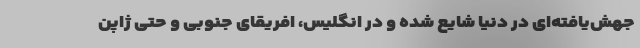
جهش‌یافته‌ای در دنیا شایع شده و در انگلیس، افریقای جنوبی و حتی ژاپن